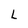
Character: L